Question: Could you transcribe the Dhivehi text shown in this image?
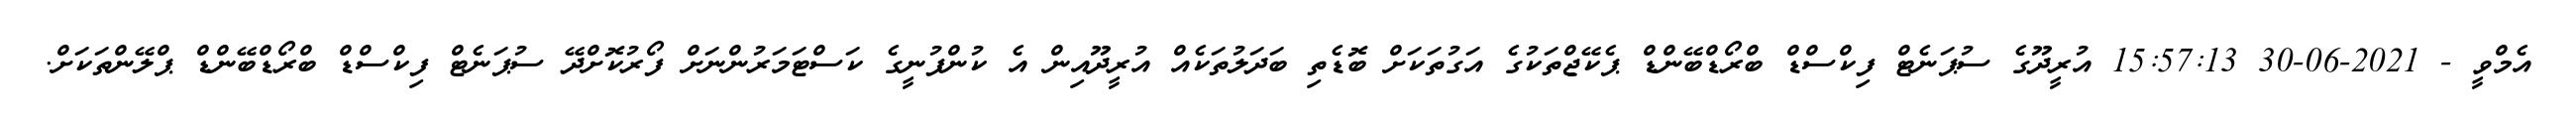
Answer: އެމްވީ - 2021-06-30 15:57:13 އުރީދޫގެ ސުޕަނެޓް ފިކްސްޑް ބްރޯޑްބޭންޑް ޕެކޭޖްތަކުގެ އަގުތަކަށް ބޮޑެތި ބަދަލުތަކެއް އުރީދޫއިން އެ ކުންފުނީގެ ކަސްޓަމަރުންނަށް ފޯރުކޮށްދޭ ސުޕަނެޓް ފިކްސްޑް ބްރޯޑްބޭންޑް ޕްލޭންތަކަށް.